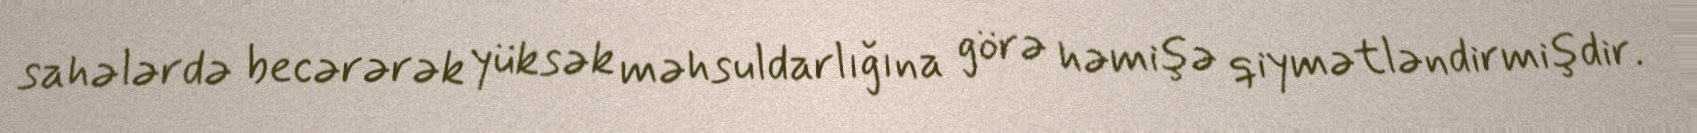
sahələrdə becərərək yüksək məhsuldarlığına görə həmişə qiymətləndirmişdir.